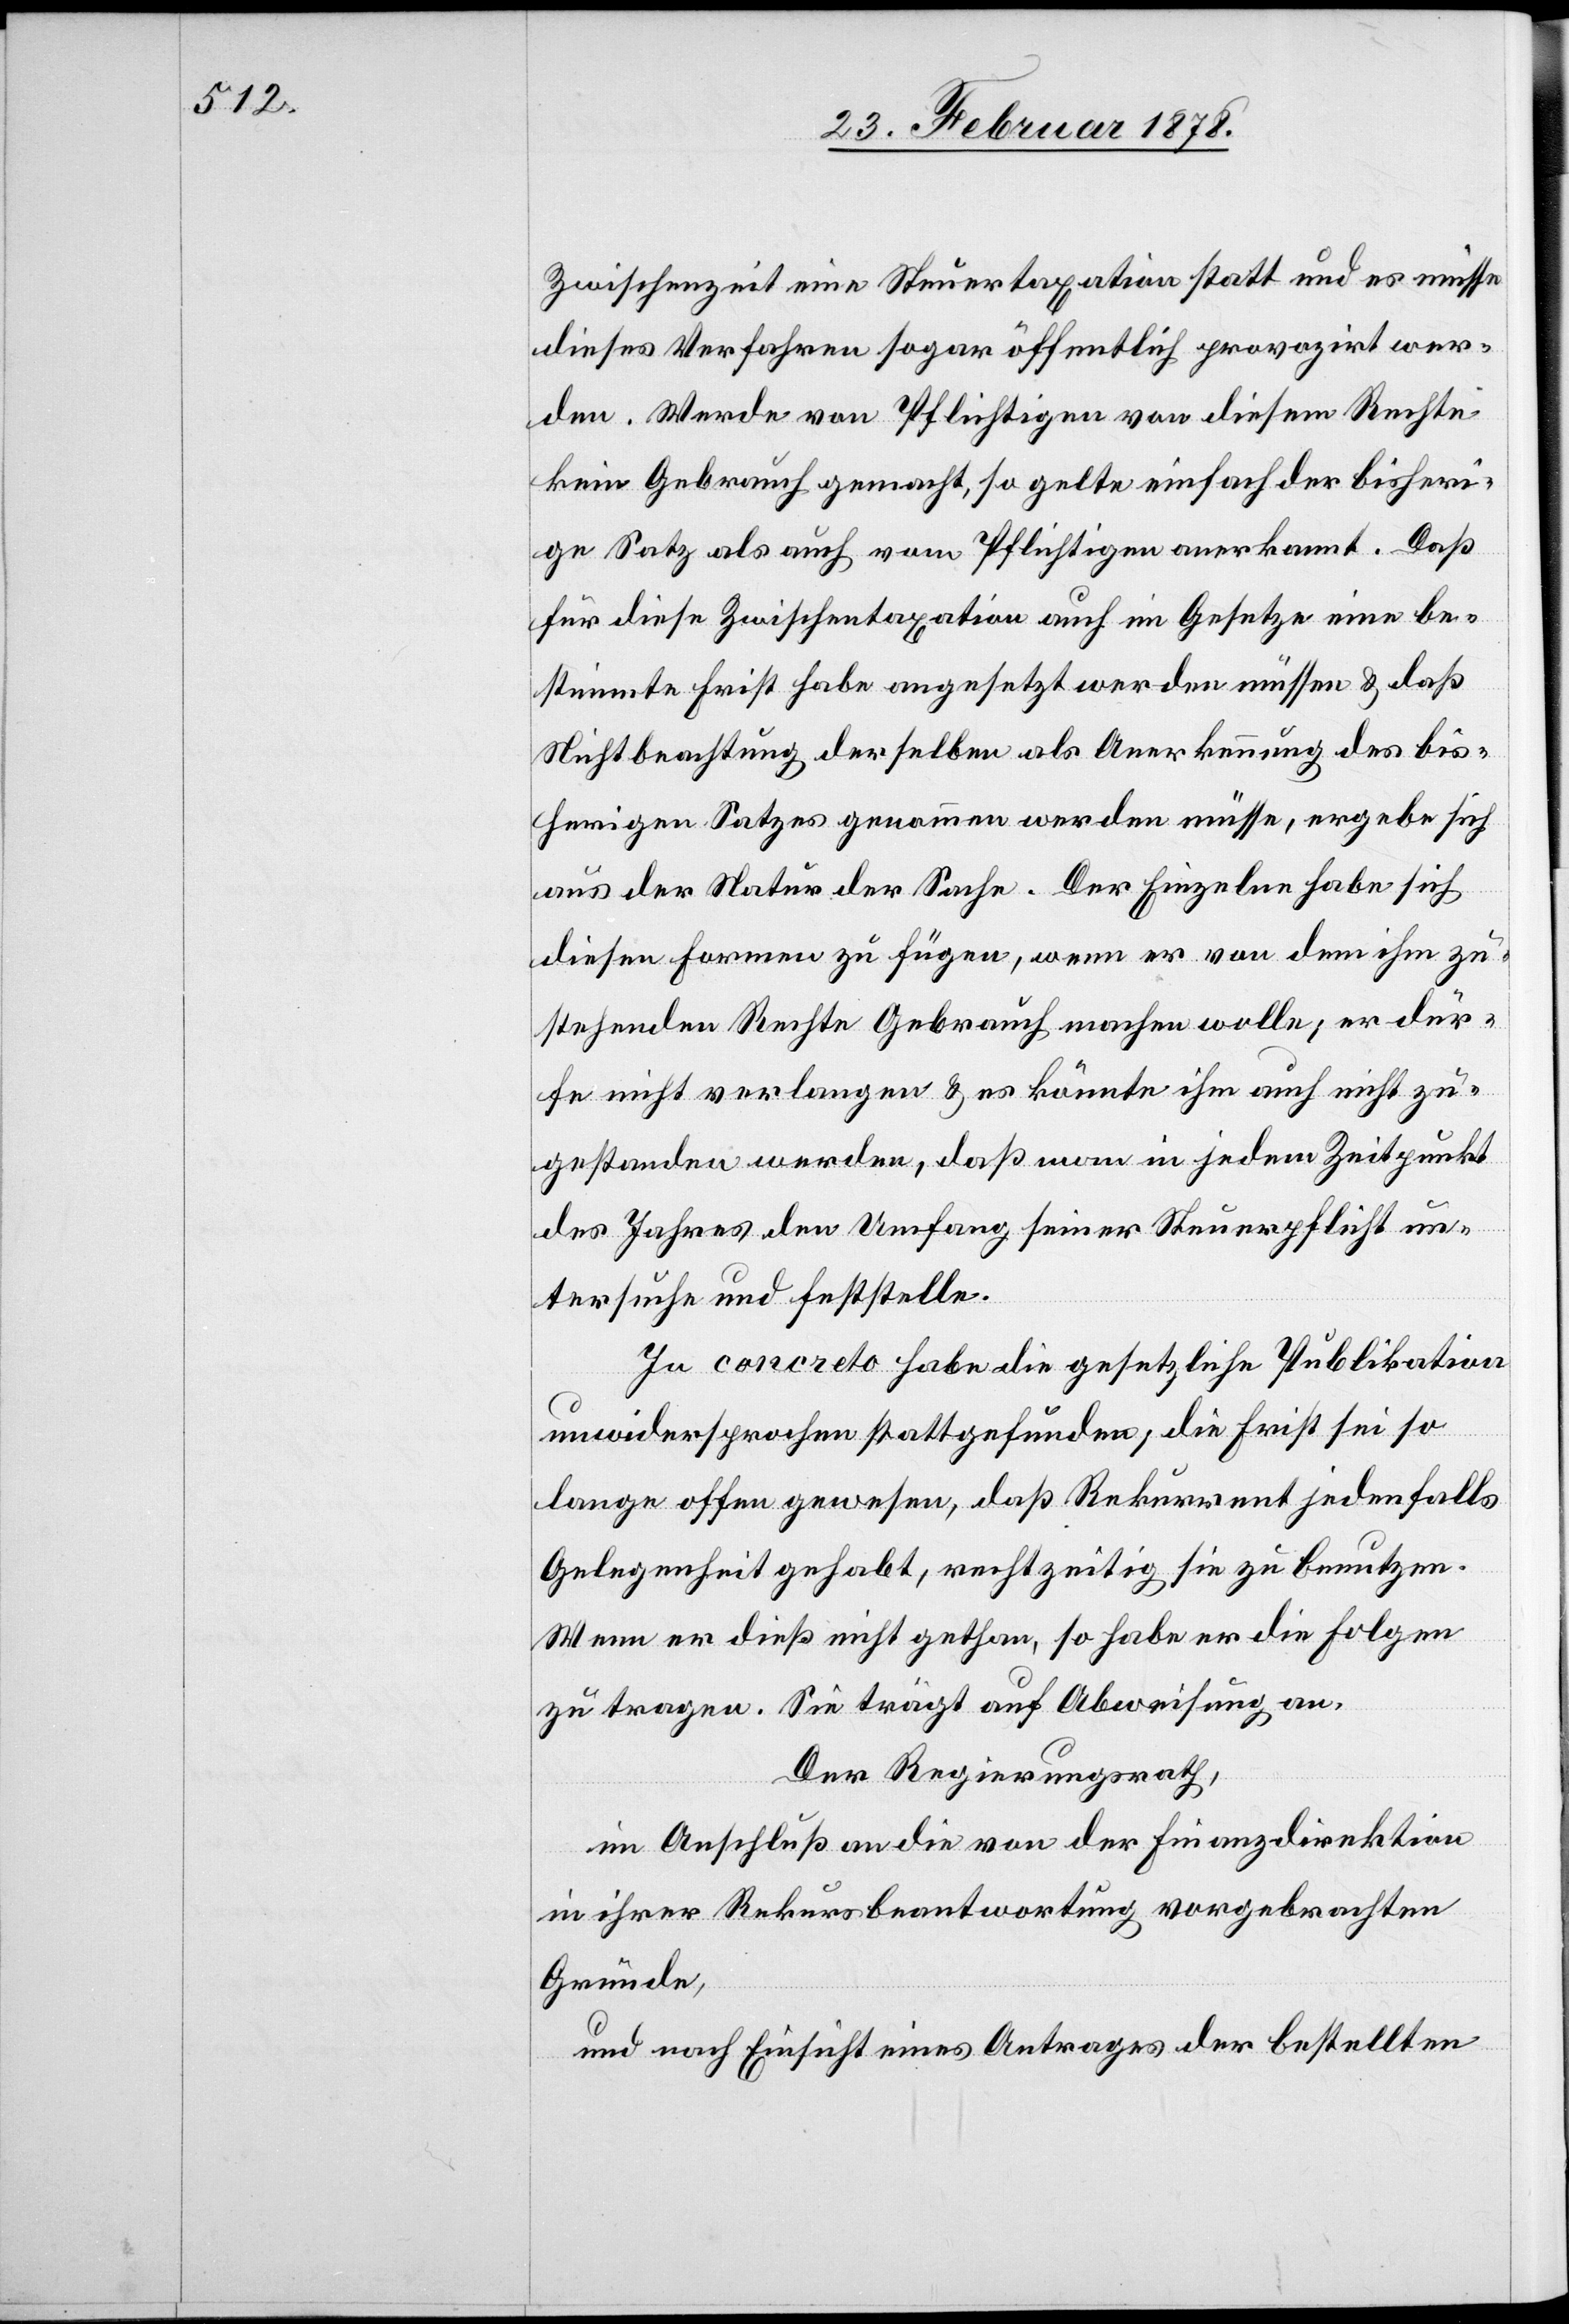
Zwischenzeit eine Steuertaxation statt und es müsse
dieses Verfahren sogar öffentlich provozirt wer¬
den. Werde von Pflichtigen von diesem Rechte
kein Gebrauch gemacht, so gelte einfach der bisheri¬
ge Satz als auch vom Pflichtigen anerkannt. Daß
für diese Zwischentaxation auch im Gesetze eine be¬
stimmte Frist habe angesetzt werden müssen & daß
Nichtbeachtung derselben als Anerkennung des bis¬
herigen Satzes genommen werden müsse, ergebe sich
aus der Natur der Sache. Der Einzelne habe sich
diesen Formen zu fügen, wenn er von dem ihm zu¬
stehenden Rechte Gebrauch machen wolle; er dür¬
fe nicht verlangen & es könnte ihm auch nicht zu¬
gestanden werden, daß man in jedem Zeitpunkt
des Jahres den Umfang seiner Steuerpflicht un¬
tersuche und feststelle.
In concreto habe die gesetzliche Publikation
unwidersprochen stattgefunden, die Frist sei so
lange offen gewesen, daß Rekurrent jedenfalls
Gelegenheit gehabt, rechtzeitig sie zu benutzen.
Wenn er dieß nicht gethan, so habe er die Folgen
zu tragen. Sie trägt auf Abweisung an.
Der Regierungsrath,
im Anschluß an die von der Finanzdirektion
in ihrer Rekursbeantwortung vorgebrachten
Gründe,
und nach Einsicht eines Antrages der bestellten